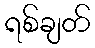
ရစ်ချတ်